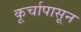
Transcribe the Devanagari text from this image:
कूर्चापासून